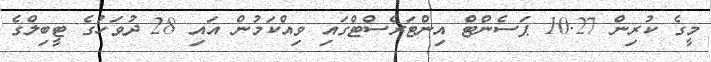
މީގެ ކުރިން 10.27 ޕަސެންޓް އިންޓަރެސްޓްގައި ވިއްކަމުން އައި 28 ދުވަހުގެ ޓީބިލްގެ